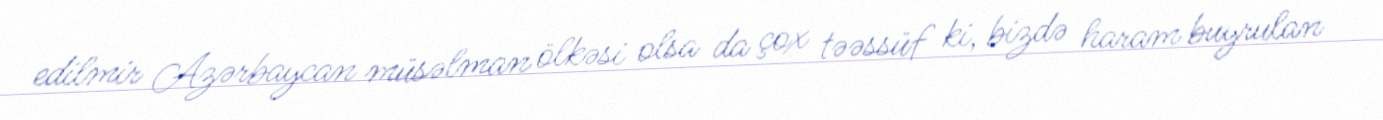
edilmir Azərbaycan müsəlman ölkəsi olsa da çox təəssüf ki, bizdə haram buyrulan